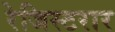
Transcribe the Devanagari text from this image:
रेजिस्टरार